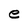
Character: e